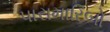
પારામારિબો